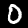
Digit: 0